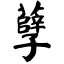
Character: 孽